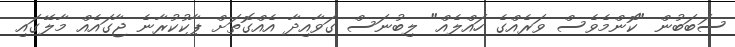
ސަބަބުން "ކޮންމެވެސް ވަރެއްގެ ހައްލެއް" ލިބުނަސް ގަވާއިދާ އެއްގޮތަށް ޕާކުކުރާނެ ޖާގައެއް މާލޭގައި